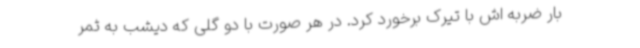
بار ضربه اش با تیرک برخورد کرد. در هر صورت با دو گلی که دیشب به ثمر